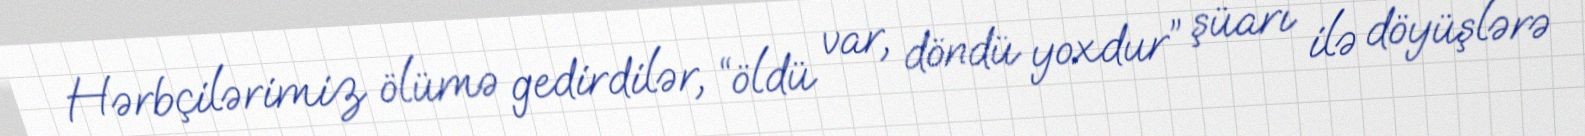
Hərbçilərimiz ölümə gedirdilər, “öldü var, döndü yoxdur” şüarı ilə döyüşlərə